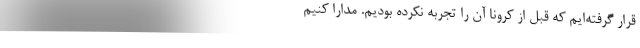
قرار گرفته‌ایم که قبل از کرونا آن را تجربه نکرده بودیم. مدارا کنیم